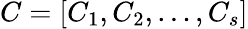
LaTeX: C=[C_{1},C_{2},\dots,C_{s}]